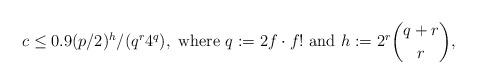
LaTeX: \begin{align*}c \le 0.9(p/2)^{h}/(q^r4^q), \mbox{ where }q:=2f\cdot f! \mbox{ and } h:=2^r\binom{q+r}{r},\end{align*}